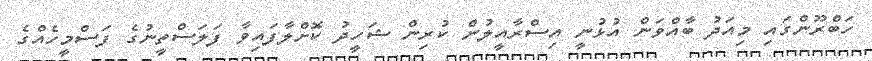
ހަބްރޫންގައި މިއަދު ބާއްވަން އުޅުނީ އިސްރާއީލުން ކުރިން ޝަހީދު ކޮށްލާފައިވާ ފަލަސްތީނުގެ ފަސްމީހެއްގެ